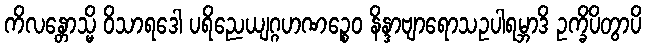
ကိလန္တောသ္မိ ဝိသာရဒေါ ပရိညေယျဂ္ဂဟဏဉ္စေဝ နိန္ဒာဗျာရောသဥပါရမ္ဘာဒိ ဥက္ခိပိတွာပိ